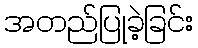
အတည်ပြုခဲ့ခြင်း